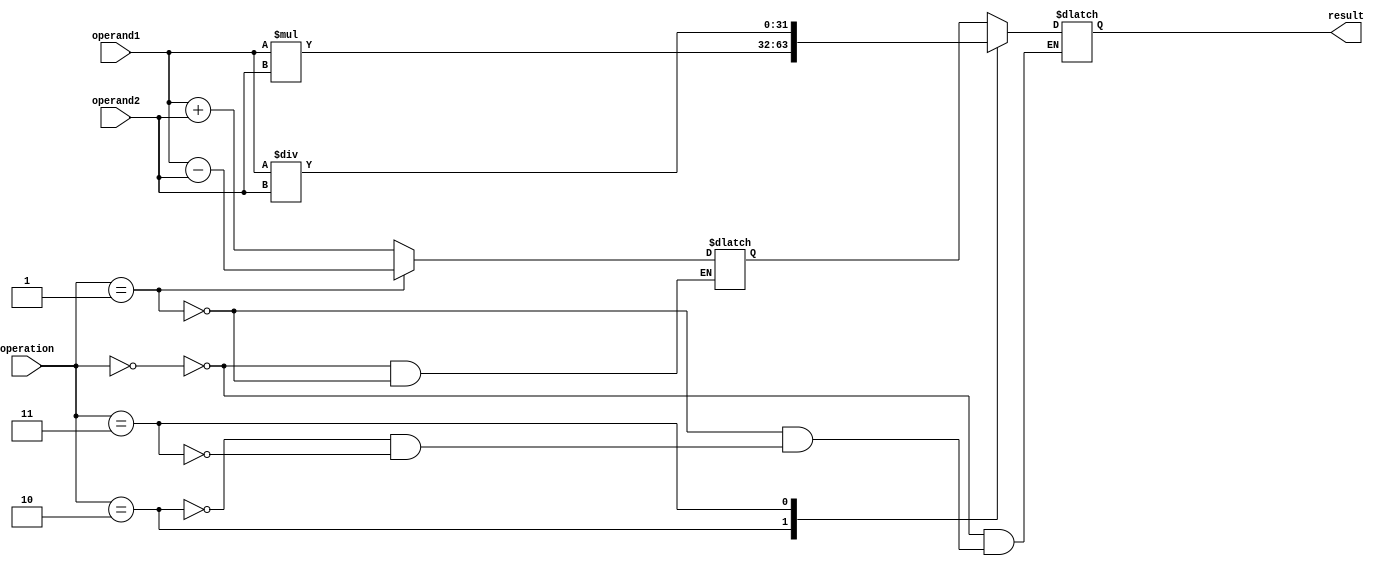
module floating_point_unit (
  input [31:0] operand1,
  input [31:0] operand2,
  input [2:0] operation,
  output reg [31:0] result
);

  // Arithmetic blocks
  reg [31:0] add_result;
  reg [63:0] mul_result;
  reg [31:0] div_result;

  // Adder/Subtractor
  always @(*) begin
    case(operation)
      3'b000: add_result <= operand1 + operand2; // Addition
      3'b001: add_result <= operand1 - operand2; // Subtraction
    endcase
  end

  // Multiplier
  always @(*) begin
    mul_result <= operand1 * operand2;
  end

  // Divider
  always @(*) begin
    div_result <= operand1 / operand2;
  end

  // Output the result based on the operation
  always @(operation) begin
    case(operation)
      3'b000: result <= add_result; // Addition
      3'b001: result <= add_result; // Subtraction
      3'b010: result <= mul_result[31:0]; // Multiplication
      3'b011: result <= div_result; // Division
    endcase
  end

endmodule